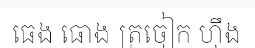
ធេង ធោង ត្រចៀក ហ៊ឹង